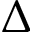
\Delta